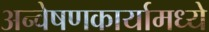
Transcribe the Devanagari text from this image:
अन्वेषणकार्यामध्ये